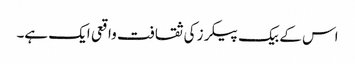
اس کے بیک پیکرز کی ثقافت واقعی ایک ہے۔